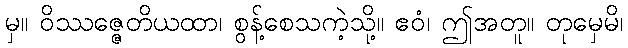
မှ။ ဝိဿဇ္ဇေတိယထာ၊ စွန့်စေသကဲ့သို့။ ဧဝံ၊ ဤအတူ။ တုမှေမိ၊